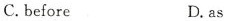
C.before D.8s